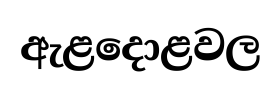
ඇළදොළවල